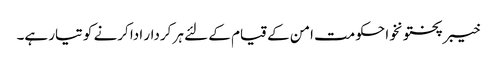
خیبرپختونخوا حکومت امن کے قیام کے لئے ہر کردار ادا کرنے کو تیار ہے۔